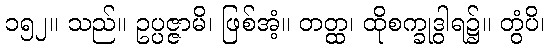
၁၅၂။ သည်။ ဥပ္ပဇ္ဇာမိ၊ ဖြစ်အံ့။ တတ္ထ၊ ထိုစက္ခုဒွါရ၌။ တွံပိ၊